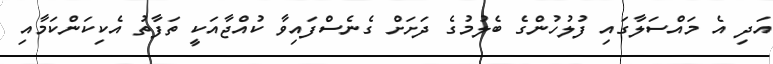
އަދި އެ މައްސަލާގައި ފުލުހުންގެ ބެލުމުގެ ދަށަށް ގެނެސްފައިވާ ކުއްޖާއަކީ ތަފާތު އެކިކަންކަމާއި